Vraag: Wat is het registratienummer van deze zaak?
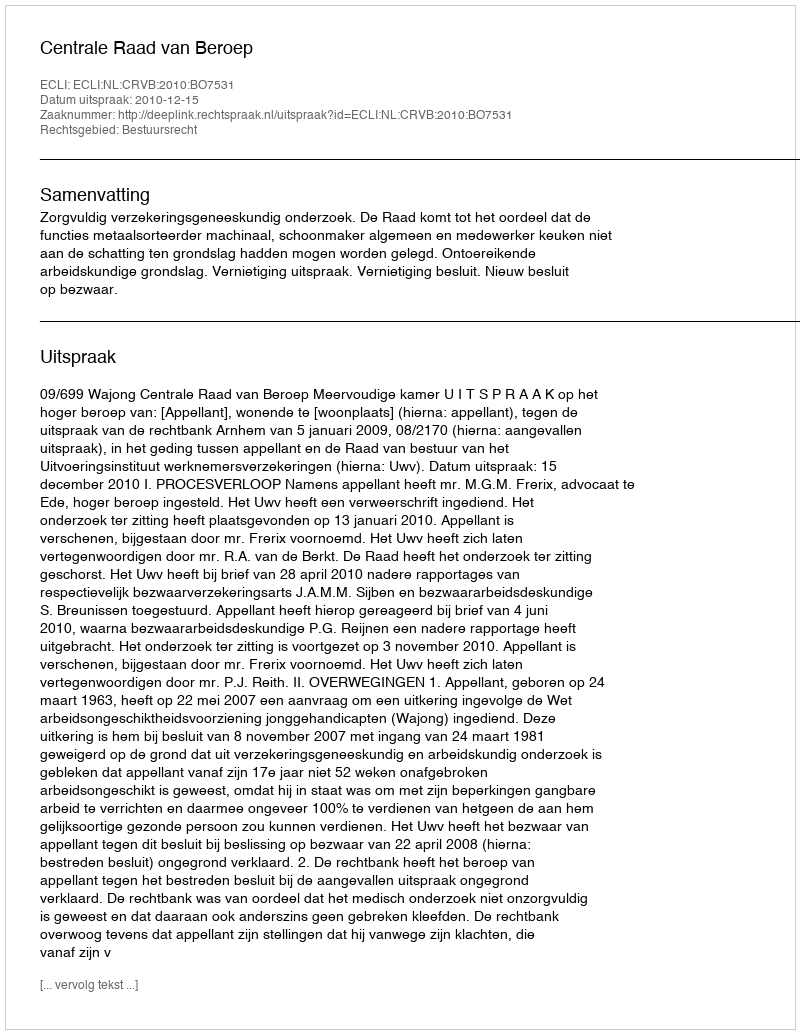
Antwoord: http://deeplink.rechtspraak.nl/uitspraak?id=ECLI:NL:CRVB:2010:BO7531